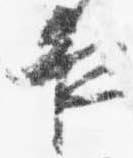
夜